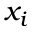
x _ { i }